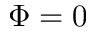
\Phi = 0